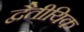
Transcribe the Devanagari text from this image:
द्वैतीयिक